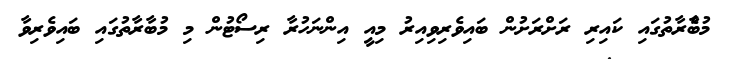
މުބާެރާތުގައި ކައިރި ރަށްރަށުން ބައިވެރިވިއިރު މިއީ އިންނަހުރާ ރިސޯޓުން މި މުބާރާތުގައި ބައިވެރިވާ